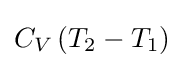
C_{V}\left(T_{2}-T_{1}\right)